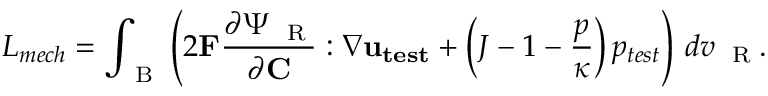
L _ { m e c h } = \int _ { \mathrm { ~ B ~ } } \left( 2 \mathbf { F } \frac { \partial \Psi _ { \mathrm { ~ \tiny ~ R ~ } } } { \partial \mathbf { C } } : \nabla \mathbf { u _ { t e s t } } + \left( J - 1 - \frac { p } { \kappa } \right) { p _ { t e s t } } \right) \, d v _ { \mathrm { ~ \tiny ~ R ~ } } .